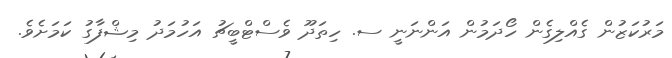
މަރުކަޒުން ގެއްލިގެން ހޯދަމުން އަންނަނީ ސ. ހިތަދޫ ވެސްޓްބީޗު އަހުމަދު މިޝްފާގު ކަމަށެވެ.